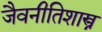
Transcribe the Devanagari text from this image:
जैवनीतिशास्त्र